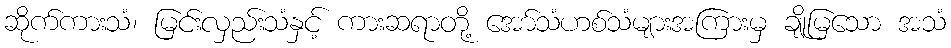
ဆိုက်ကားသံ၊ မြင်းလှည်းသံနှင့် ကားဆရာတို့ အော်သံဟစ်သံများအကြားမှ ချိုမြသော အသံ